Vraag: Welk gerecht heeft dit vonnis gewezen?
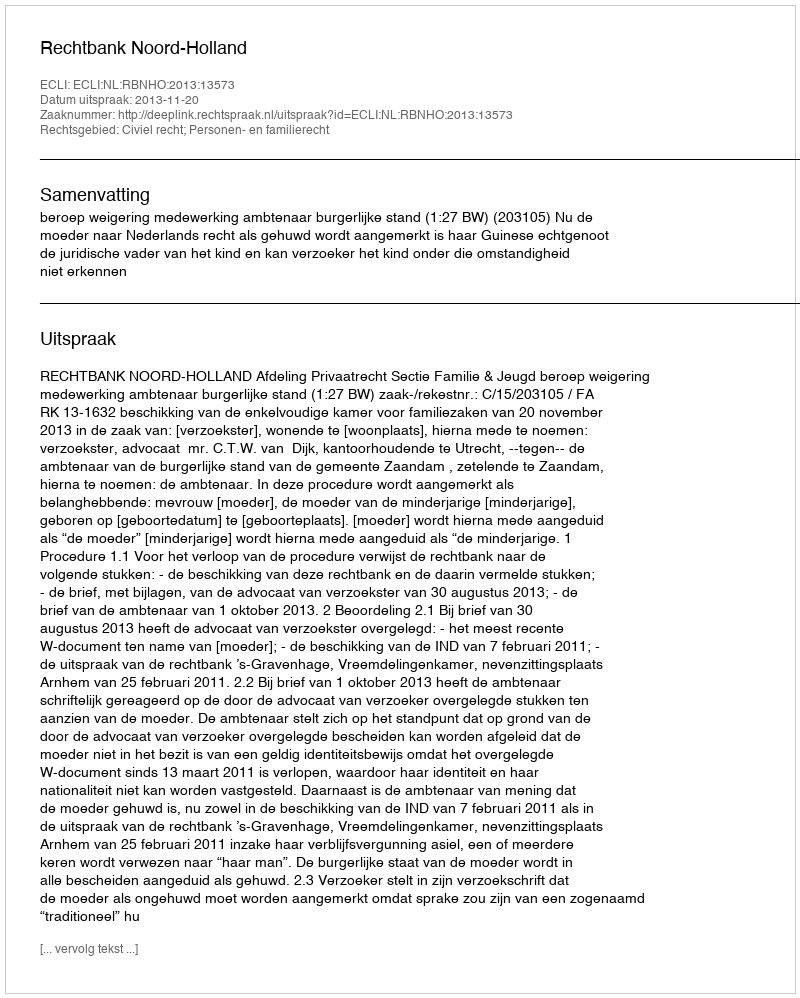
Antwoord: Rechtbank Noord-Holland